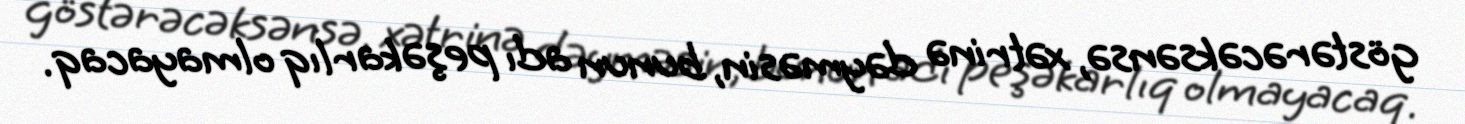
göstərəcəksənsə, xətrinə dəyməsin, bunun adı peşəkarlıq olmayacaq.